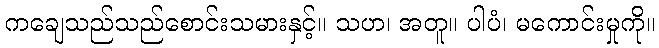
ကချေသည်သည်စောင်းသမားနှင့်။ သဟ၊ အတူ။ ပါပံ၊ မကောင်းမှုကို။